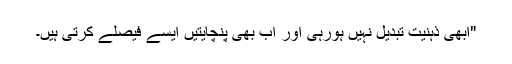
"ابھی ذہنیت تبدیل نہیں ہورہی اور اب بھی پنچایتیں ایسے فیصلے کرتی ہیں۔